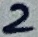
Text: 2